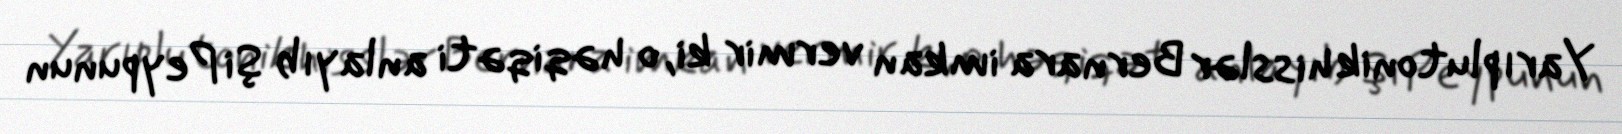
Yarıplutonik hisslər Bernara imkan vermir ki, o həqiqəti anlayıb Şi Peypunun